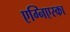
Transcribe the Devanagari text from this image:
एग्निएस्का